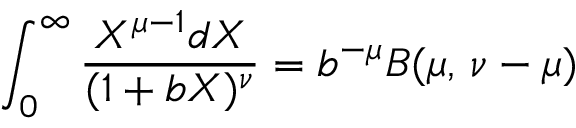
\int _ { 0 } ^ { \infty } { \frac { X ^ { \mu - 1 } d X } { ( 1 + b X ) ^ { \nu } } } = b ^ { - \mu } B ( \mu , \, \nu - \mu )